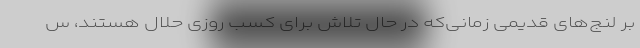
بر لنج‌های قدیمی زمانی‌که در حال تلاش برای کسب روزی حلال هستند، س